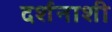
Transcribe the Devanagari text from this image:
दर्शनाशी